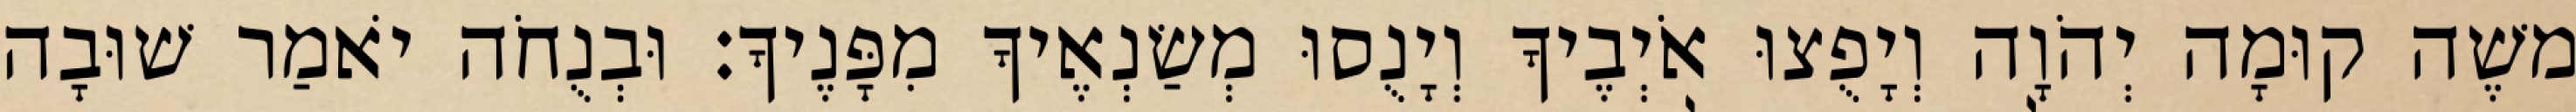
משֶׁה קוּמָה יְהֹוָה וְיָפֻצוּ אֹיְבֶיךָ וְיָנֻסוּ מְשַׂנְאֶיךָ מִפָּנֶיךָ׃ וּבְנֻחֹה יֹאמַר שׁוּבָה